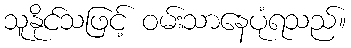
သူနိုင်သဖြင့် ဝမ်းသာနေပုံရသည်။